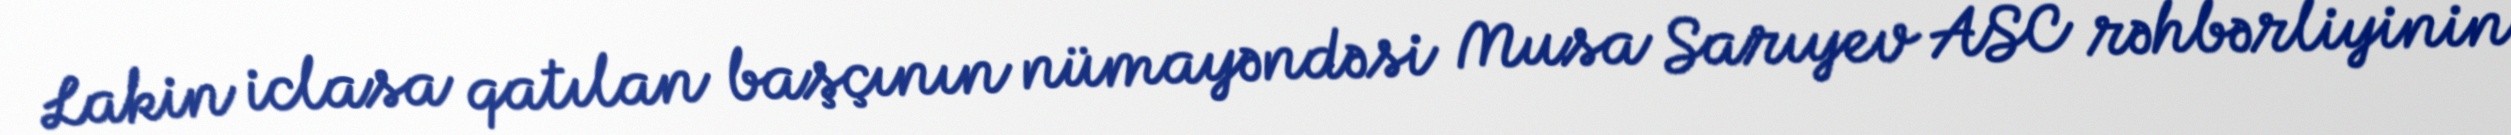
Lakin iclasa qatılan başçının nümayəndəsi Musa Sarıyev ASC rəhbərliyinin